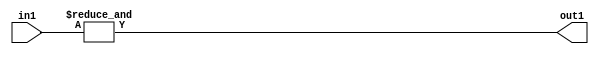
`timescale 1ps / 1ps
/*****************************************************************************
    Verilog RTL Description
    
    
    Created by: Stratus DpOpt 2019.1.01 
*******************************************************************************/

module feature_write_addr_gen_Eqi7u3_1 (
	in1,
	out1
	); /* architecture "behavioural" */ 
input [2:0] in1;
output  out1;
wire  asc001;

assign asc001 = 
	(&in1);

assign out1 = asc001;
endmodule

/* CADENCE  urb0Sgg= : u9/ySgnWtBlWxVPRXgAZ4Og= ** DO NOT EDIT THIS LINE ******/